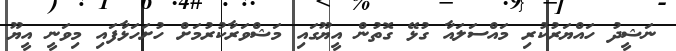
ނަޝީދު ހައްޔަރުކުރި މައްސަލައާ ގުޅޭ ގޮތުން އީޔޫގައި މަޝްވަރާކުރުމަށް ހުށަހަޅާފައި މިވަނީ އީޔޫ